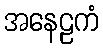
အနေဠကံ